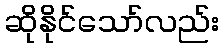
ဆိုနိုင်သော်လည်း